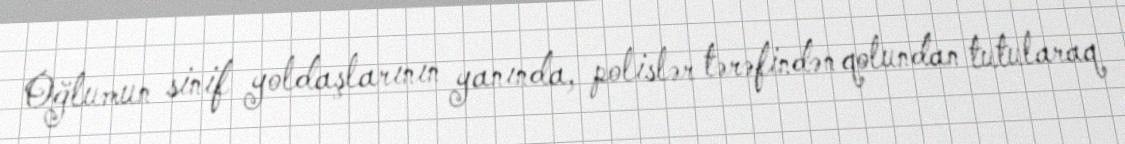
Oğlumun sinif yoldaşlarının yanında, polislər tərəfindən qolundan tutularaq